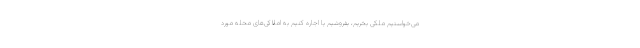
می‌خواستیم ملکی بخریم، بفروشیم یا اجاره کنیم به املاکی‌های محله مورد